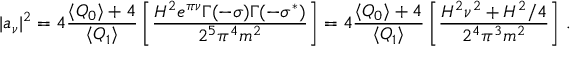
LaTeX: \vert a _ { \nu } \vert ^ { 2 } = 4 \frac { \langle Q _ { 0 } \rangle + 4 } { \langle Q _ { 1 } \rangle } \left[ \frac { H ^ { 2 } e ^ { \pi \nu } \Gamma ( - \sigma ) \Gamma ( - \sigma ^ { * } ) } { 2 ^ { 5 } \pi ^ { 4 } m ^ { 2 } } \right] = 4 \frac { \langle Q _ { 0 } \rangle + 4 } { \langle Q _ { 1 } \rangle } \left[ \frac { H ^ { 2 } \nu ^ { 2 } + H ^ { 2 } / 4 } { 2 ^ { 4 } \pi ^ { 3 } m ^ { 2 } } \right] \, .